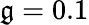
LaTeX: \mathfrak{g}=0.1